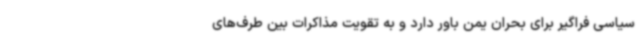
سیاسی فراگیر برای بحران یمن باور دارد و به تقویت مذاکرات بین طرف‌های